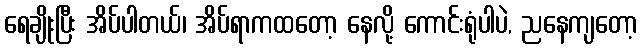
ရေချိုးပြီး အိပ်ပါတယ်၊ အိပ်ရာကထတော့ နေလို့ ကောင်းရုံပါပဲ, ညနေကျတော့